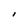
Character: I